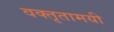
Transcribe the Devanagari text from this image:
वक्तृतामयी